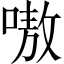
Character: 嗷